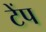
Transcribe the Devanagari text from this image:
टेंप